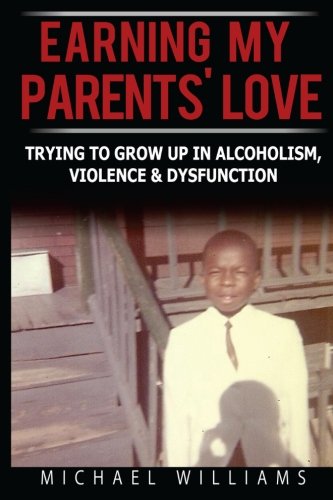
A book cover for Earning My Parents' Love: Trying To Grow Up In Alcoholism, Violence & Dysfunction (Letters From An Adult Child of Alcoholism, Violence & Dysfunction) (Volume 1); Michael Williams; Self-Help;